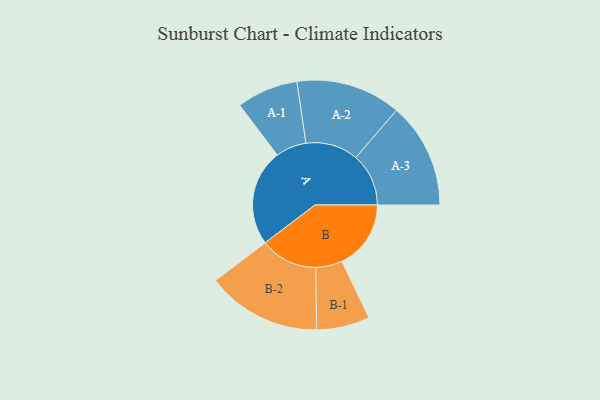
{"axis": {"x": "Segment", "y": "Value"}, "legend": ["", "A", "B"], "data": [{"x": "A", "y": 424, "type": ""}, {"x": "B", "y": 303, "type": ""}, {"x": "A-1", "y": 135, "type": "A"}, {"x": "A-2", "y": 231, "type": "A"}, {"x": "A-3", "y": 232, "type": "A"}, {"x": "B-1", "y": 117, "type": "B"}, {"x": "B-2", "y": 252, "type": "B"}]}